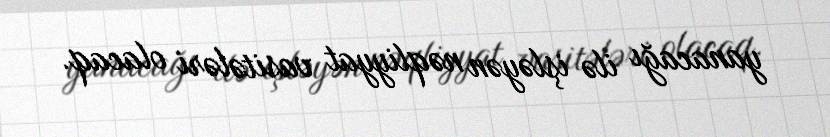
yanacağı ilə işləyən nəqliyyat vasitələri olacaq.